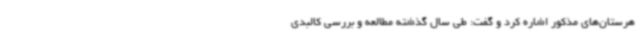
هرستان‌های مذکور اشاره کرد و گفت: طی سال گذشته مطالعه و بررسی کالبدی